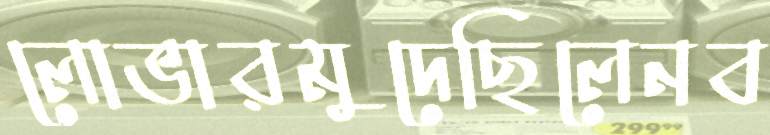
লোভারমুদেছিলেনব